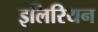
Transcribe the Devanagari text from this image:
इलिरियन